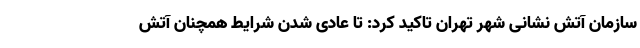
سازمان آتش نشانی شهر تهران تاکید کرد: تا عادی شدن شرایط همچنان آتش